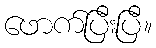
ဖောက်ပြီးပြီ။